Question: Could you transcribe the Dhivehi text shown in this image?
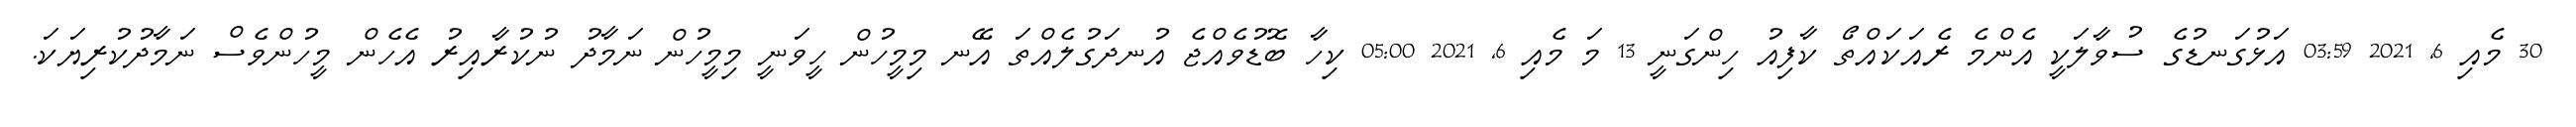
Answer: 30 މެއި 6, 2021 03:59 އަޅުގަނޑުގެ ސުވާލަކީ އެންމެ ރެއަކައްތޯ ކާފިއު ހިންގަނީ 13 މަ މެއި 6, 2021 05:00 ކިހާ ބޮޑުވެއްޖެ އުނދަގުލެއްތަ އޭނ މިމީހުން ހީވަނީ މިމީހުން ނަމާދު ނުކުރާއިރު އެހެން މީހުންވެސް ނަމާދުކުރިޔަކަ.